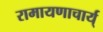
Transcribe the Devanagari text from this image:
रामायणाचार्य्